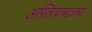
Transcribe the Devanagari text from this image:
अस्तित्वाबद्दलच्या